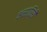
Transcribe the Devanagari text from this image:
असारिरी